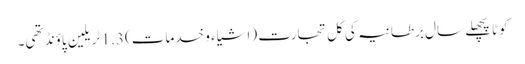
کوٹاپچھلے سال برطانیہ کی کل تجارت (اشیاء و خدمات) 1.3 ٹریلین پاؤنڈ تھی۔